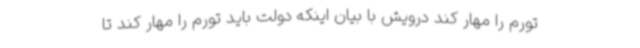
تورم را مهار کند درویش با بیان اینکه دولت باید تورم را مهار کند تا